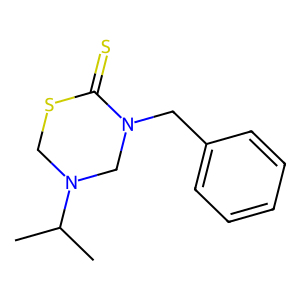
SMILES: CC(C)N1CSC(=S)N(Cc2ccccc2)C1
Inhibits HIV replication: No